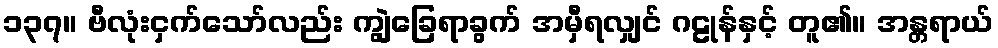
၁၃၇။ ဗီလုံးငှက်သော်လည်း ကျွဲခြေရာခွက် အမှီရလျှင် ဂဠုန်နှင့် တူ၏။ အန္တရာယ်